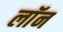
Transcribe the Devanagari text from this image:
लाॅन